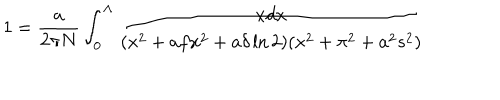
LaTeX: 1 = { \frac { a } { 2 \pi N } } \int _ { 0 } ^ { \Lambda } { \frac { x d x } { ( x ^ { 2 } + a f x ^ { 2 } + a \delta \ln 2 ) ( x ^ { 2 } + \pi ^ { 2 } + a ^ { 2 } s ^ { 2 } ) } }